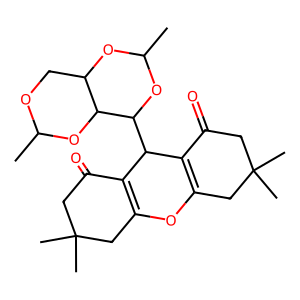
SMILES: CC1OCC2OC(C)OC(C3C4=C(CC(C)(C)CC4=O)OC4=C3C(=O)CC(C)(C)C4)C2O1
Inhibits HIV replication: No